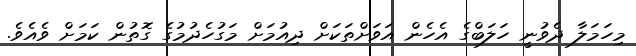
މިހަމަލާ ދެވުނީ ހަލަބްގެ އެހެން އަވަށްތަކަށް ދިއުމަށް މަގުހެދުމުގެ ގޮތުން ކަމަށް ވެއެވެ.